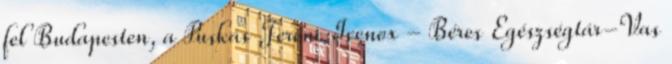
fel Budapesten, a Puskás Ferenc Ivenox - Béres Egészségtár-Vas